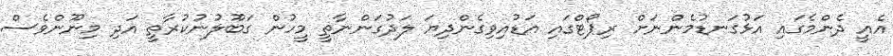
އެއީ ދެންމެގައި އަޅުގަނޑުމެންނަށް ރިޕޯޓްގައި އަޑުއިވިގެންދިޔަ ލަދުގަންނާތީ މީހުން ގަބޫލުނުކުރާތީ އަދި މިނޫންވެސް